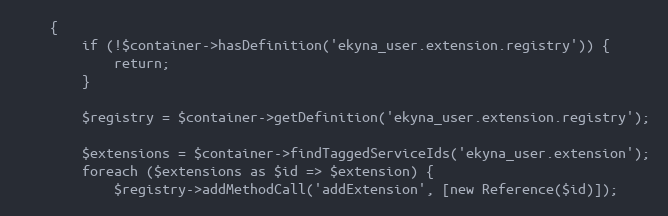
Language: PHP
    {
        if (!$container->hasDefinition('ekyna_user.extension.registry')) {
            return;
        }

        $registry = $container->getDefinition('ekyna_user.extension.registry');

        $extensions = $container->findTaggedServiceIds('ekyna_user.extension');
        foreach ($extensions as $id => $extension) {
            $registry->addMethodCall('addExtension', [new Reference($id)]);